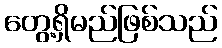
တွေ့ရှိမည်ဖြစ်သည်